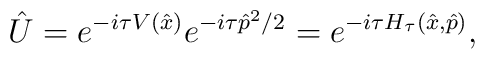
\hat U=e^{-i\tau V(\hat x)}e^{-i\tau\hat p^2/2}=         e^{-i\tau H_\tau(\hat x,\hat p)},